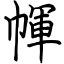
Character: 㡓